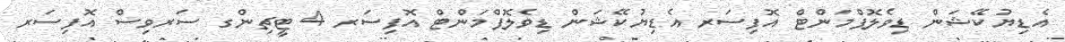
އެޑިޔުކޭޝަން ޑިވެލޮޕްމަންޓް އޮފިސަރ އެޑިޔުކޭޝަން ޑިވެލޮޕްމަންޓް އޮފިސަރ 4 ޓީޗިންގ ސަރވިސް އޮފިސަރ